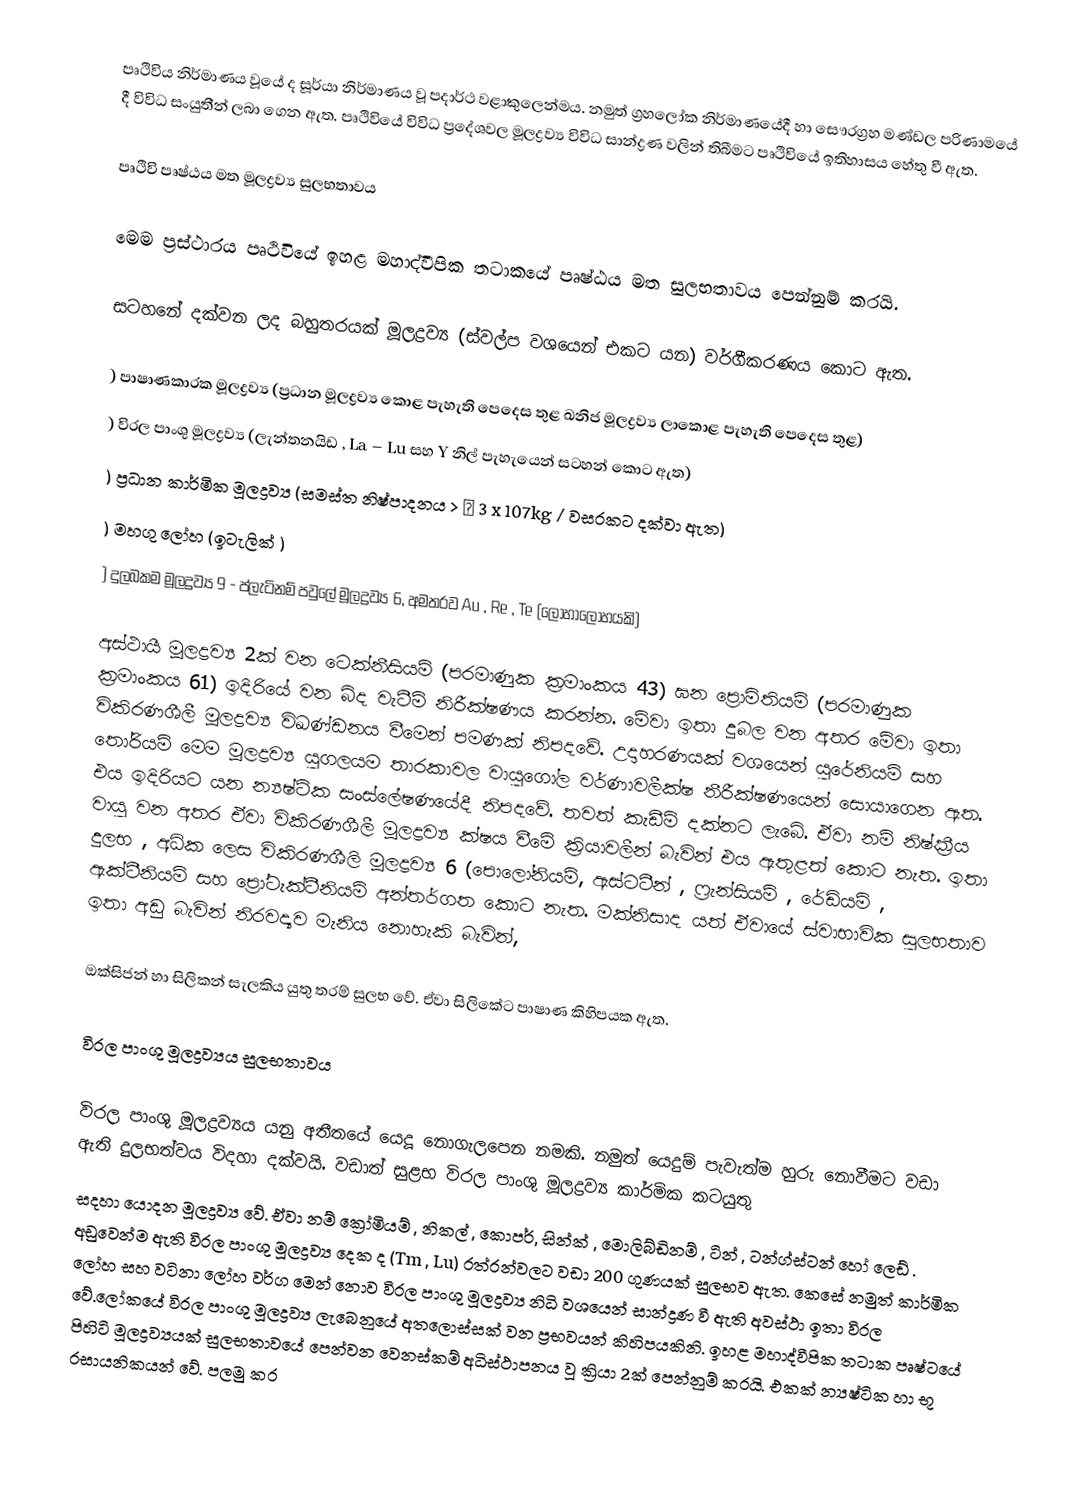
පෘථිවිය නිර්මාණය වූ‍යේ ද සූර්යා නිර්මාණය වූ පදාර්ථ වළාකුලෙන්මය. නමුත් ග්‍රහලෝක නිර්මාණයේදී හා සෞරග්‍රහ මණ්ඩල පරිණාමයේ දී විවිධ සංයුතීන් ලබා ගෙන ඇත. පෘථිවියේ විවිධ ප්‍රදේශවල මූලද්‍රව්‍ය විවිධ සාන්ද්‍රණ වලින් තිබීමට පෘථිවියේ ඉතිහාසය හේතු වී ඇත.

පෘථිවි පෘෂ්ඨය මත මූලද්‍රව්‍ය සුලභතාවය

මෙම ප්‍රස්ථාරය පෘථිවියේ ඉහළ මහාද්වීපික තටාකයේ පෘෂ්ඨය මත සුලභතාවය පෙන්නුම් කරයි.

සටහනේ දක්වන ලද බහුතරයක් මූලද්‍රව්‍ය (ස්වල්ප වශයෙන් එකට යන) වර්ගීකරණය කොට ඇත.

)	පාෂාණකාරක මූලද්‍රව්‍ය (ප්‍රධාන මූලද්‍රව්‍ය කොළ පැහැති පෙදෙස තුළ ඛනිජ මූලද්‍රව්‍ය ලාකොළ පැහැති පෙදෙස තුළ)
)	විරල පාංශු මූලද්‍රව්‍ය (ලැන්තනයිඩ , La – Lu සහ Y නිල් පැහැයෙන් සටහන් කොට ඇත)
)	ප්‍රධාන කාර්මික මූලද්‍රව්‍ය (සමස්ත නිෂ්පාදනය >  3 x 107kg / වසරකට දක්වා ඇත)
)	මහගු ලෝහ (ඉටැලික් )
)	දුලබකම මූලද්‍රව්‍ය 9 - ප්ලැටිනම් පවුලේ මූලද්‍රව්‍ය 6, අමතරව Au , Re , Te (ලෝහාලෝහයකි)

අස්ථායී මූලද්‍රව්‍ය 2ක් වන ටෙක්නීසියම් (පරමාණුක ක්‍රමාංකය 43) ඝන ප්‍රොමිතියම් (පරමාණුක ක්‍රමාංකය 61) ඉදිරියේ වන බිද වැටීම් නිරීක්ෂණය කරන්න. මේවා ඉතා දුබල වන අතර මේවා ඉතා විකිරණශීලී මූලද්‍රව්‍ය විඛණ්ඩනය වීමෙන් පමණක් නිපදවේ. උදාහරණයක් වශයෙන් යුරේනියම් සහ තෝරියම් මෙම මූලද්‍රව්‍ය යුගලයම තාරකාවල වායුගෝල වර්ණාවලීක්ෂ නීරීක්ෂණයෙන්  සොයාගෙන ඇත. එය ඉදිරියට යන න්‍යෂ්ටික සංස්ලේෂණයේදී නිපදවේ. තවත් කැඩීම් දක්නට ලැබේ. ඒවා නම් නිෂ්ක්‍රීය වායු වන අතර ඒවා විකිරණශීලී මූලද්‍රව්‍ය ක්ෂය වීමේ ක්‍රියාවලීන් බැවින් එය ඇතුළත් කොට නැත. ඉතා දුලභ , අධික ලෙස විකිරණශීලි මූලද්‍රව්‍ය 6 (පොලෝනියම්, ඇස්ටටීන් , ෆ්‍රැන්සියම් , රේඩියම් , ඇක්ටීනියම් සහ ප්‍රෝ‍ටැක්ටීනියම් අන්තර්ගත කොට නැත. මක්නිසාද යත් ඒවායේ ස්වාභාවික සුලභතාව ඉතා අඩු බැවින් නිරවද්‍යව මැනිය නොහැකි බැවින්,

ඔක්සිජන් හා සිලිකන් සැලකිය යුතු තරම් සුලභ වේ. ඒවා සිලිකේට පාෂාණ කිහිපයක ඇත.

විරල පාංශු මූලද්‍රව්‍යය සුලභතාවය

විරල පාංශු මූලද්‍රව්‍යය යනු අතීතයේ යෙදූ නොගැලපෙන නමකි. නමුත් යෙදුම් පැවැත්ම හුරු නොවීමට වඩා ඇති දුලභත්වය විදහා දක්වයි. වඩාත් සුළභ විරල පාංශු මූලද්‍රව්‍ය කාර්මික කටයුතු
සදහා යොදන මූලද්‍රව්‍ය වේ. ඒවා නම් ක්‍රෝමියම් , නිකල් , කොපර්, සින්ක් , මොලිබ්‍ඩිනම් , ටින් , ටන්ග්ස්ටන් හෝ ලෙඩ් . අඩුවෙන්ම ඇති විරල පාංශු මූලද්‍රව්‍ය දෙක ද (Tm , Lu)  රත්රන්වලට වඩා 200 ගුණයක් සුලභව ඇත. කෙසේ නමුත් කාර්මික ලෝහ සහ වටිනා ලෝහ වර්ග මෙන් නොව විරල පාංශු මූලද්‍රව්‍ය නිධි වශයෙන් සාන්ද්‍රණ වී ඇති අවස්ථා ඉතා විරල වේ.ලෝකයේ විරල පාංශු මූලද්‍රව්‍ය ලැබෙනුයේ අතලොස්සක් වන ප්‍රභවයන් කිහිපයකිනි. ඉහළ මහාද්වීපික තටාක පෘෂ්ටයේ පිහිටි මූලද්‍රව්‍යයක් සුලභතාවයේ පෙන්වන වෙනස්කම්  අධිස්ථාපනය වූ ක්‍රියා  2ක්  පෙන්නුම් කරයි. එකක් න්‍යෂ්ටික හා භූ රසායනිකයන් වේ. පලමු කර